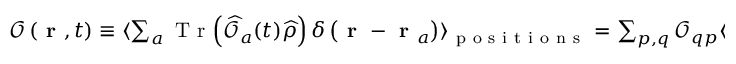
\begin{array} { r } { \mathcal { O } \left( \textbf { r } , t \right) \equiv \langle \sum _ { a } \mathrm { ~ T ~ r ~ } \! \left( \widehat { \mathcal { O } } _ { a } ( t ) \widehat { \rho } \right) \delta \left( \textbf { r } - \textbf { r } _ { a } \right) \rangle _ { \mathrm { ~ p ~ o ~ s ~ i ~ t ~ i ~ o ~ n ~ s ~ } } = \sum _ { p , q } \mathcal { O } _ { q p } \langle P _ { p q } \! \left( \textbf { r } , t \right) \rangle _ { \mathrm { ~ t ~ r ~ a ~ j ~ e ~ c ~ t ~ o ~ r ~ i ~ e ~ s ~ } } } \end{array}